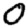
Digit: 0